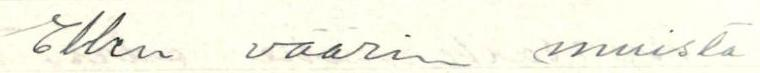
Ehken väärin muista